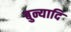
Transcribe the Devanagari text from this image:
बुन्यादि